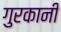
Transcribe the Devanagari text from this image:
गुरकानी